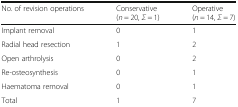
<table><thead><tr><td><b>No. of revision operations</b></td><td><b>Conservative (<i>n</i> = 20, <i>Σ</i> = 1)</b></td><td><b>Operative (<i>n</i> = 14, <i>Σ</i> = 7)</b></td></tr></thead><tbody><tr><td>Implant removal</td><td>0</td><td>1</td></tr><tr><td>Radial head resection</td><td>1</td><td>2</td></tr><tr><td>Open arthrolysis</td><td>0</td><td>2</td></tr><tr><td>Re-osteosynthesis</td><td>0</td><td>1</td></tr><tr><td>Haematoma removal</td><td>0</td><td>1</td></tr><tr><td>Total</td><td>1</td><td>7</td></tr></tbody></table>